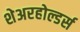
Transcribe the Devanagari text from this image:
शेअरहोल्डर्स